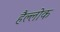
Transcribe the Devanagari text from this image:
हैल्लोक